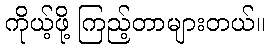
ကိုယ့်ဖို့ ကြည့်တာများတယ်။